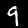
Digit: 9